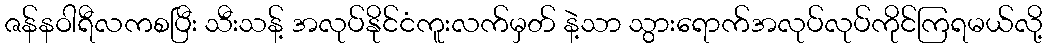
ဇန်နဝါရီလကစပြီး သီးသန့် အလုပ်နိုင်ငံကူးလက်မှတ် နဲ့သာ သွားရောက်အလုပ်လုပ်ကိုင်ကြရမယ်လို့